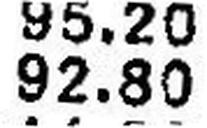
92.80